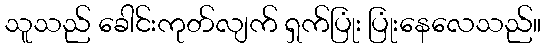
သူသည် ခေါင်းကုတ်လျက် ရှက်ပြုံး ပြုံးနေလေသည်။